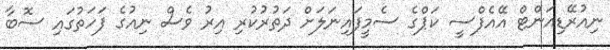
ނިއުރޭޑިއަންޓް އޭއެފްސީ ކަޕްގެ ސެމީފައިނަލަށް ދަތުރުކުރި އިރު ވެސް ނިއުގެ ފަހަތުގައި ސޮބާ